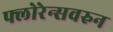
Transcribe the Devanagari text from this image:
फ्लोरेन्सवरुन